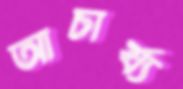
আচার্য্য